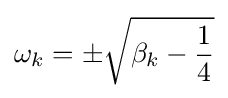
\omega _{k}=\pm {\sqrt {\beta _{k}-{\frac {1}{4}}}}